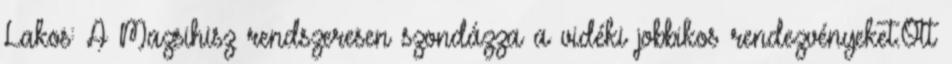
Lakos: A Mazsihisz rendszeresen szondázza a vidéki jobbikos rendezvényeket.Ott